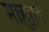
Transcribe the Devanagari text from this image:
माह्यावं